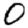
Digit: 0